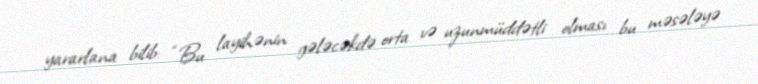
yararlana bilib: “Bu layihənin gələcəkdə orta və uzunmüddətli olması bu məsələyə